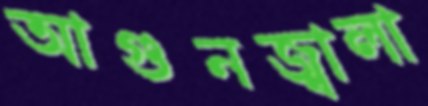
আগুনজ্বালা